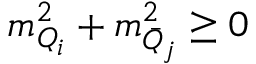
m _ { Q _ { i } } ^ { 2 } + m _ { \bar { Q } _ { j } } ^ { 2 } \geq 0